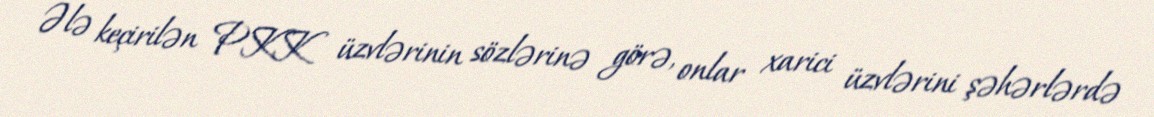
Ələ keçirilən PKK üzvlərinin sözlərinə görə, onlar xarici üzvlərini şəhərlərdə